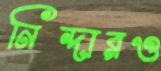
নিন্দারও